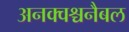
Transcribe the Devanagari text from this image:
अनक्वश्चनैबल